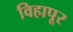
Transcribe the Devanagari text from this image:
विहापूर